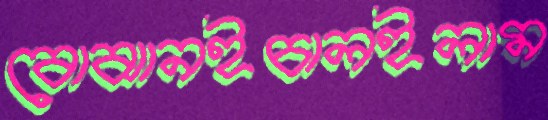
বোঝানইচালইলাম